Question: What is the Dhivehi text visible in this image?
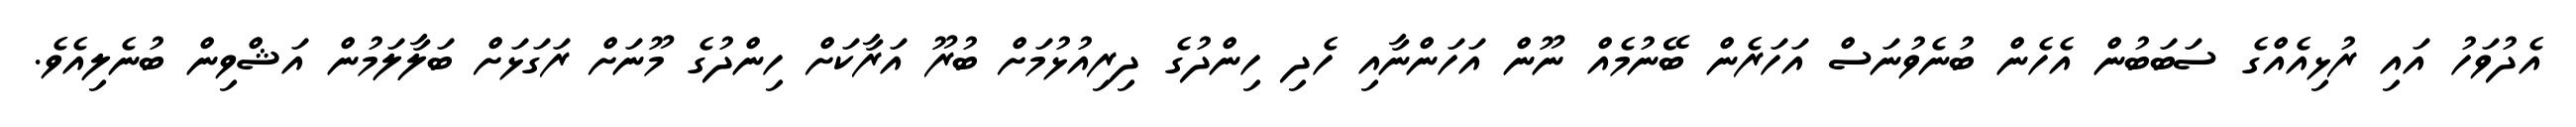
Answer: އެދުވަހު އައި ރުޅިއެއްގެ ސަބަބުން އެހެން ބުނެވުނަސް އަހަރެން ބޭނުމެއް ނޫން އަހަންނާއި ހެދި ހިންދުގެ ދިރިއުޅުމަށް ބުރޫ އަރާކަށް ހިންދުގެ މޫނަށް ރަގަޅަށް ބަލާލަމުން އަޝްވިން ބުނެލިއެވެ.